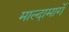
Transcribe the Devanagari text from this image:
माल्दामार्गे